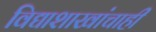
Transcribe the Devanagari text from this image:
विद्याशाखांचाही